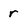
Character: r